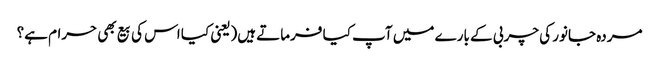
مردہ جانور کی چربی کے بارے میں آپ کیا فرماتے ہیں(یعنی کیا اس کی بیع بھی حرام ہے؟